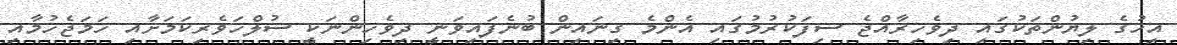
އިހުގެ ލިޔުންތަކުގައި ދިވެހިރާއްޖެ ސިފަކުރުމުގައި އެންމެ ގިނައިން ބުނެފައިވަނީ ދިވެހިންނަކީ ސުލްހަވެރިކަމަށާއި ހަމަޖެހުމާއި